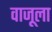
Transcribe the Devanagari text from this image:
वाजूला